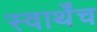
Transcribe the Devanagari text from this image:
स्वार्थेंच